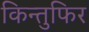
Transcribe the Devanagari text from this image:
किन्तुफिर